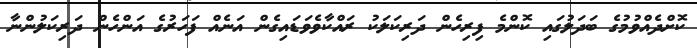
ކޮށްދެއްވުމުގެ ބަދަލުގައި ކޮންމެ ފިރިހެން ދަރިކަލަކު ރައްކާވެވަޑައިގެން އަނެއް ފަހަރުގެ އަންހެން ދަރިކަލުންނާ